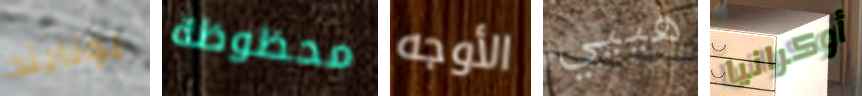
يونايتد محظوظة الأوجه هييي أوكرانيا